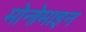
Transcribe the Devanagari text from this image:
मोनोमाइन